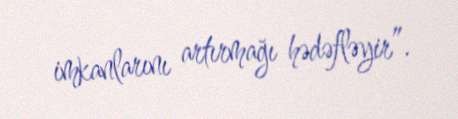
imkanlarını artırmağı hədəfləyir”.